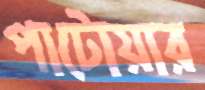
পাটোয়ার